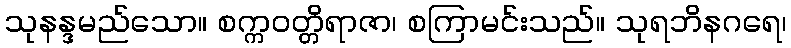
သုနန္ဒမည်သော။ စက္ကဝတ္တိရာဇာ၊ စကြာမင်းသည်။ သုရဘိနဂရေ၊